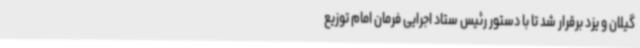
گیلان و یزد برقرار شد تا با دستور رئیس ستاد اجرایی فرمان امام توزیع